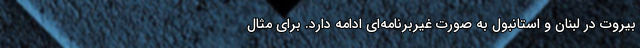
بیروت در لبنان و استانبول به صورت غیربرنامه‌ای ادامه دارد. برای مثال